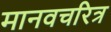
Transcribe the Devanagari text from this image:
मानवचरित्र